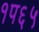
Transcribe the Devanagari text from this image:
१प६५